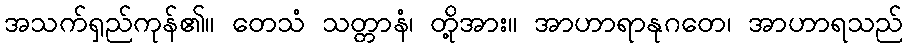
အသက်ရှည်ကုန်၏။ တေသံ သတ္တာနံ၊ တို့အား။ အာဟာရာနုဂတေ၊ အာဟာရသည်